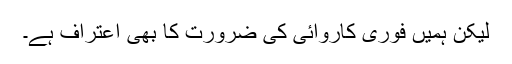
لیکن ہمیں فوری کاروائی کی ضرورت کا بھی اعتراف ہے۔